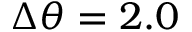
\Delta \theta = 2 . 0